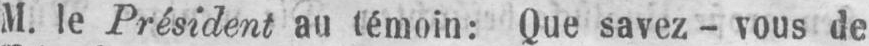
M. le Président au témoin: Que savez-vous de